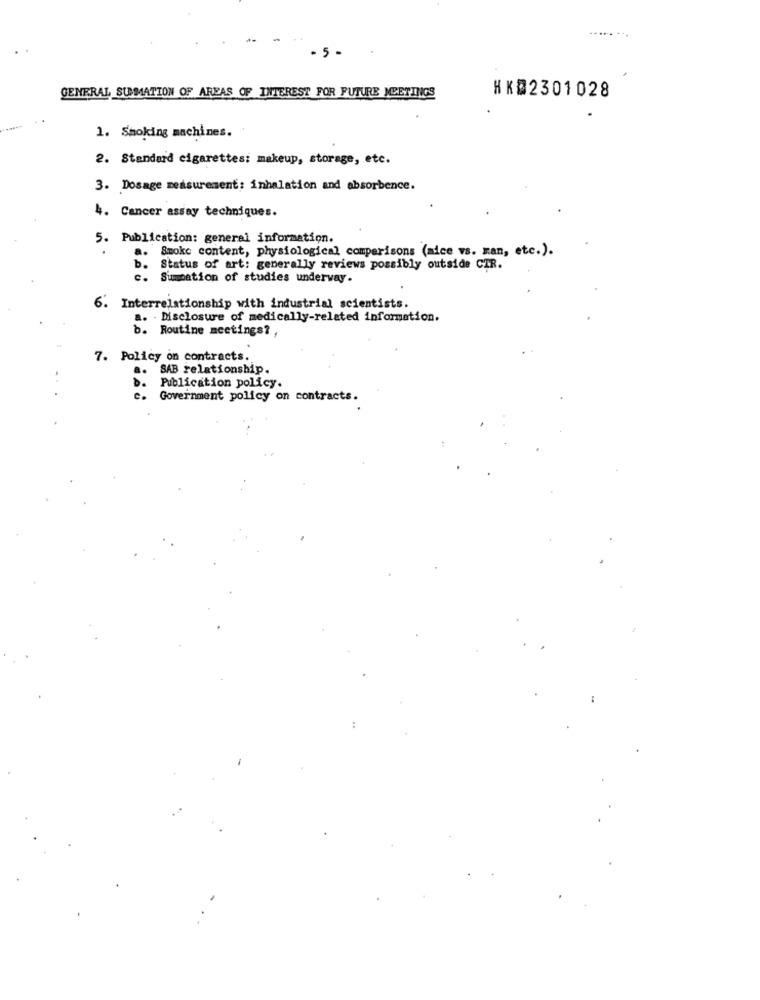
. 5 -
GENERAL SUMMATION OF AREAS OF INTEREST FOR FUTURE MEETINGS
HKD2301028
1. Smoking machines.
2. Standard cigarettes: makeup, storage, etc.
3. Dosage measurement: inhalation and absorbence.
4. Cancer assay techniques.
5. Publication: general information.
a. Smoke content, physiological comperisons (mice vs. man, etc.).
b.
Status of art: generally reviews possibly outside CIR.
c. Summation of studies underway.
6. Interrelationship with industrial scientists.
a. . Disclosure of medically-related information.
b. Routine meetings? ,
7. Policy on contracts.
SAB relationship.
Publication policy.
c .
Government policy on contracts.